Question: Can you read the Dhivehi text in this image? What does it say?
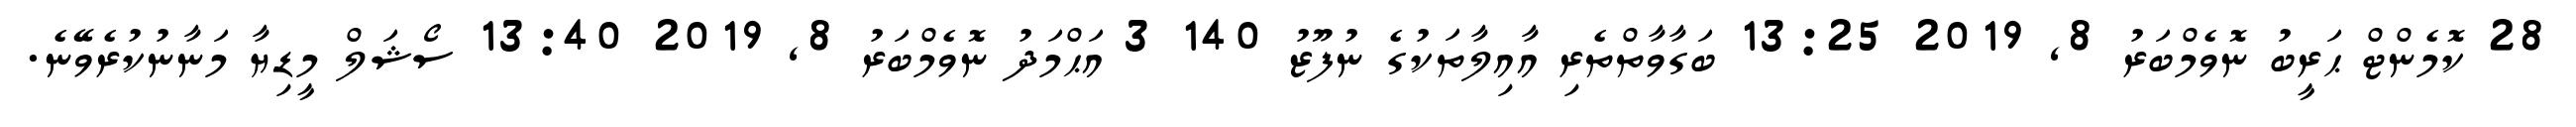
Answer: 28 ކޮމެންޓް ޙަރީބު ނޮވެމްބަރު 8, 2019 13:25 ބަގާވާތްތެރި އާއިލާތަކުގެ ނުފޫޒު 140 3 އަޙްމަދު ނޮވެމްބަރު 8, 2019 13:40 ސޯޝަލް މީޑިޔާ މަނާނުކުރެވޭނެ.